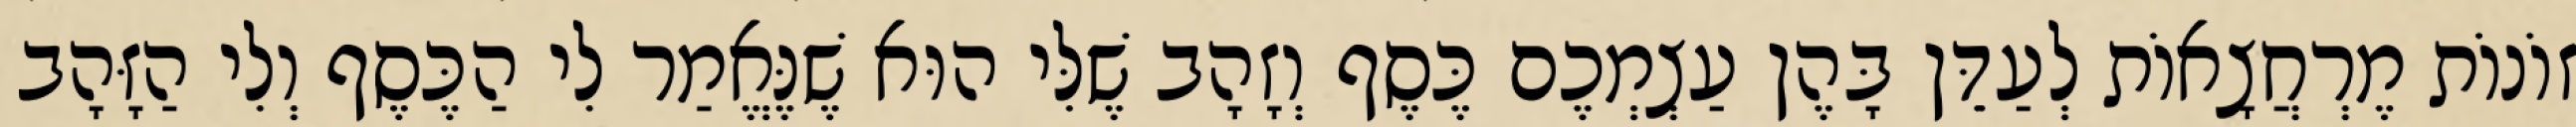
זוֹנוֹת מֶרְחֲצָאוֹת לְעַדֵּן בָּהֶן עַצְמְכֶם כֶּסֶף וְזָהָב שֶׁלִּי הוּא שֶׁנֶּאֱמַר לִי הַכֶּסֶף וְלִי הַזָּהָב